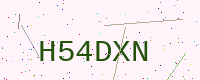
Text: H54DXN